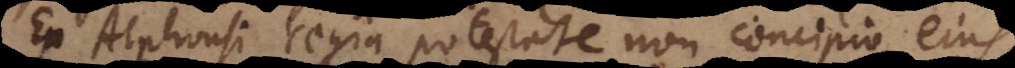
Ex Alphonsi regia potestate non concipio ejus